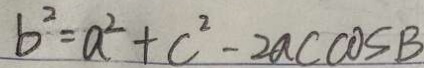
b ^ { 2 } = a ^ { 2 } + c ^ { 2 } - 2 a c \cos B